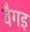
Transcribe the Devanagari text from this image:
वैगइ